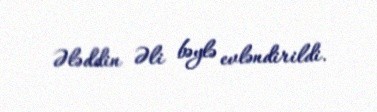
Ələddin Əli bəylə evləndirildi.